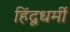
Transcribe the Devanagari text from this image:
हिंदूधर्मी